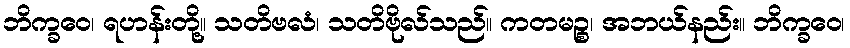
ဘိက္ခဝေ၊ ရဟန်းတို့။ သတိဗလံ၊ သတိဗိုလ်သည်။ ကတမဉ္စ၊ အဘယ်နည်း။ ဘိက္ခဝေ၊